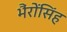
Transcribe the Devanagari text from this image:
भैंरोंसिंह